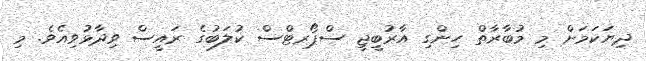
ދިޔަކަމަށް މި މުބާރާތް ހިންގި އާރުބީޖީ ސްޕޯރޓްސް ކުލަބުގެ ރައީސް ވިދާޅުވިއެވެ. މި